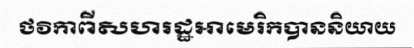
ថវិកាពីសហរដ្ឋអាមេរិកបាននិយាយ